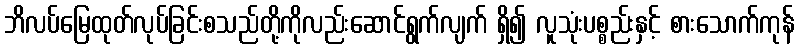
ဘိလပ်မြေထုတ်လုပ်ခြင်းစသည်တို့ကိုလည်းဆောင်ရွက်လျက် ရှိ၍ လူသုံးပစ္စည်းနှင့် စားသောက်ကုန်